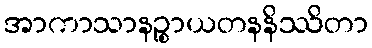
အာကာသာနဉ္စာယတနနိဿိတာ